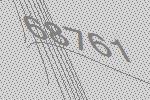
68761